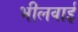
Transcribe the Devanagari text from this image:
भीलवाई